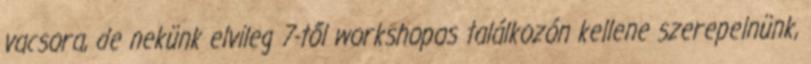
vacsora, de nekünk elvileg 7-től workshopos találkozón kellene szerepelnünk,